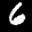
Label: 6